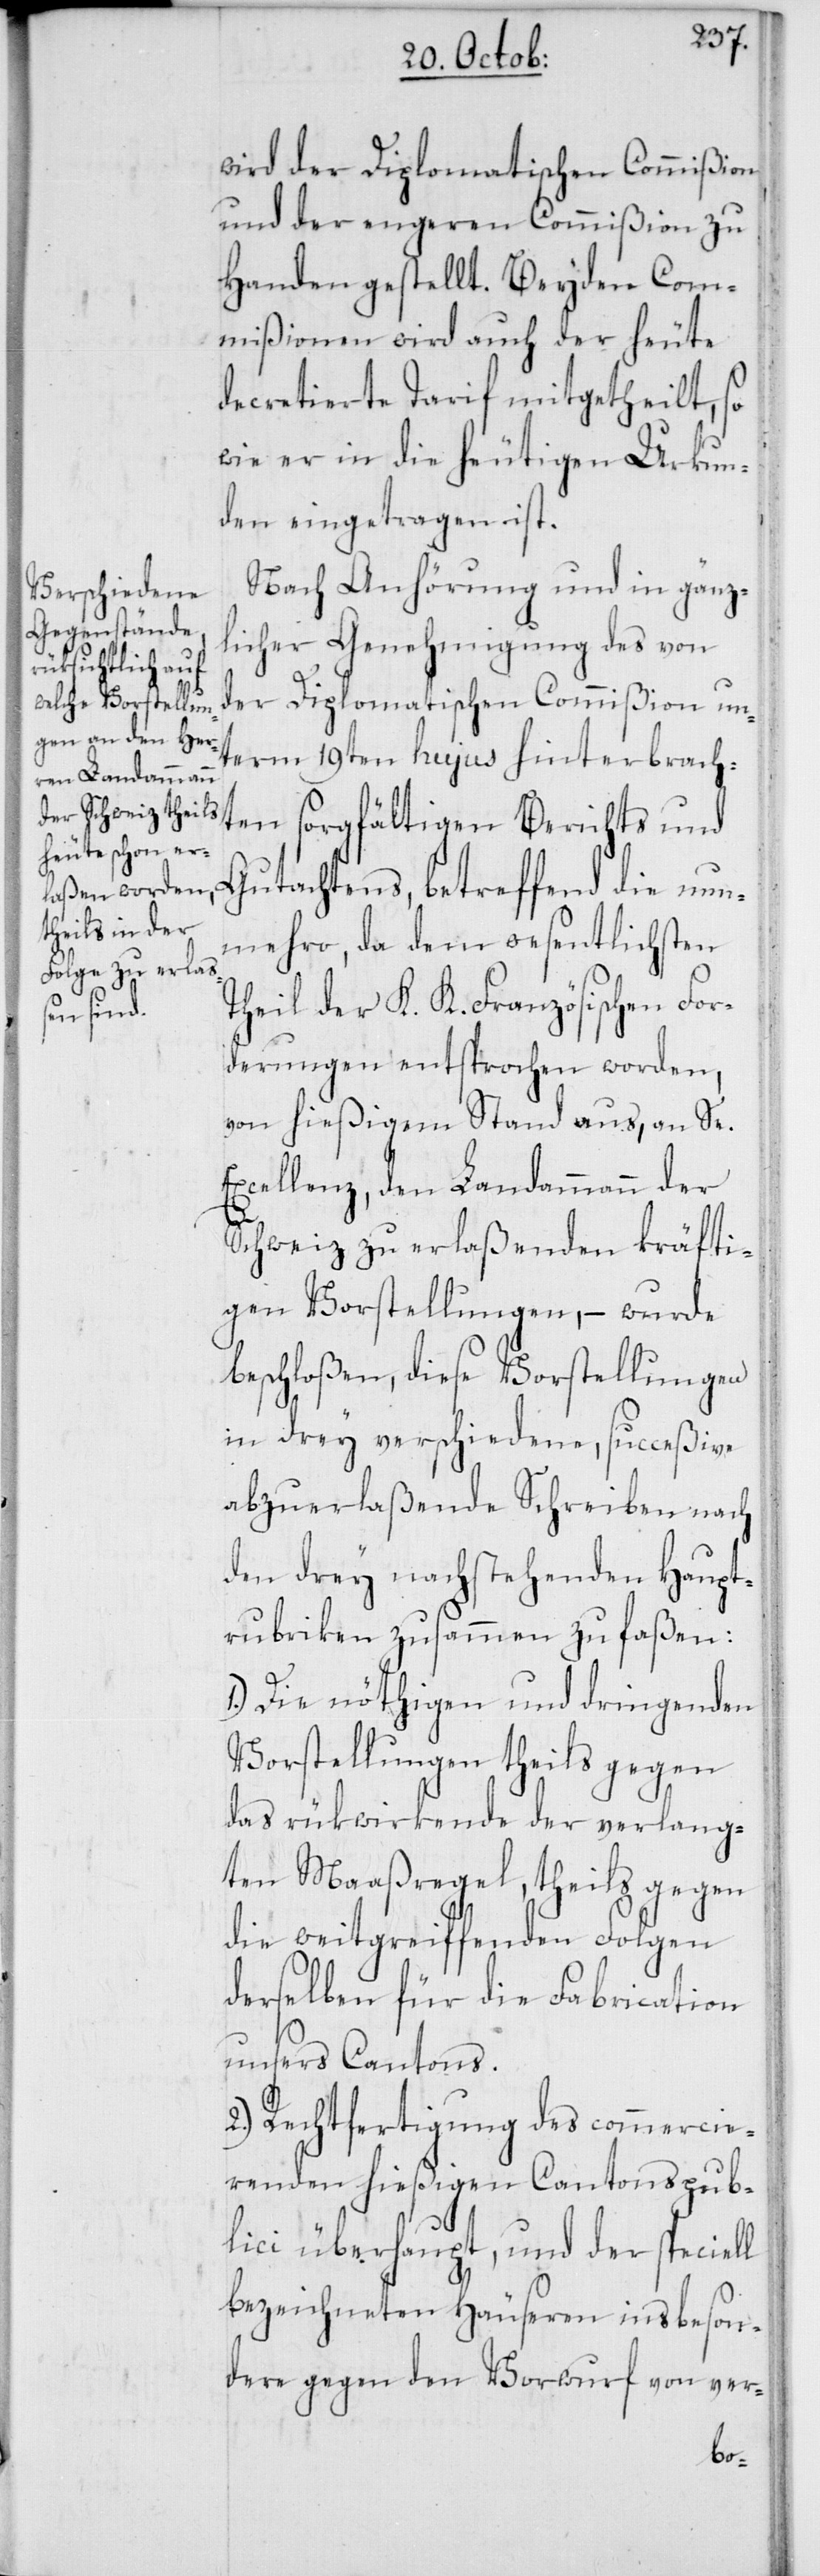
wird der Diplomatischen Commißion
und der engeren Commißion zu
Handen gestellt. Beyden Com¬
mißionen wird auch der heute
decretierte Tarif mitgetheilt, so
wie er in die heutigen Urkun¬
den eingetragen ist.
Nach Anhörung und in gänz¬
licher Genehmigung des von
der Diplomatischen Commißion un¬
term 19ten hujus hinterbrach¬
ten sorgfältigen Berichts und
Gutachtens, betreffend die nun¬
mehro, da dem wesentlichsten
Theil der K. K. Französischen For¬
derungen entsprochen worden,
von hießigem Stand aus, an Se.
Excellenz, den Landammann der
Schweiz zu erlaßenden kräfti¬
gen Vorstellungen, – wurde
beschloßen, diese Vorstellungen
in drey verschiedene, succeßive
abzuerlaßende Schreiben nach
den drey nachstehenden Haupt¬
rubriken zusammen zu faßen:
1. Die nöthigen und dringenden
Vorstellungen theils gegen
das rükwirkende der verlang¬
ten Maaßregel, theils gegen
die weitgreiffenden Folgen
derselben für die Fabrication
unsers Cantons.
2. Rechtfertigung des commercie¬
renden hießigen Cantonspub¬
lici überhaupt, und der speciell
bezeichneten Häuseren insbeson¬
dere gegen den Vorwurf von ver-